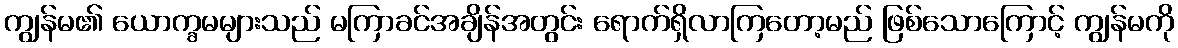
ကျွန်မ၏ ယောက္ခမများသည် မကြာခင်အချိန်အတွင်း ရောက်ရှိလာကြတော့မည် ဖြစ်သောကြောင့် ကျွန်မကို